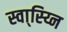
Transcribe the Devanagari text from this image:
स्वा्स्य्नि